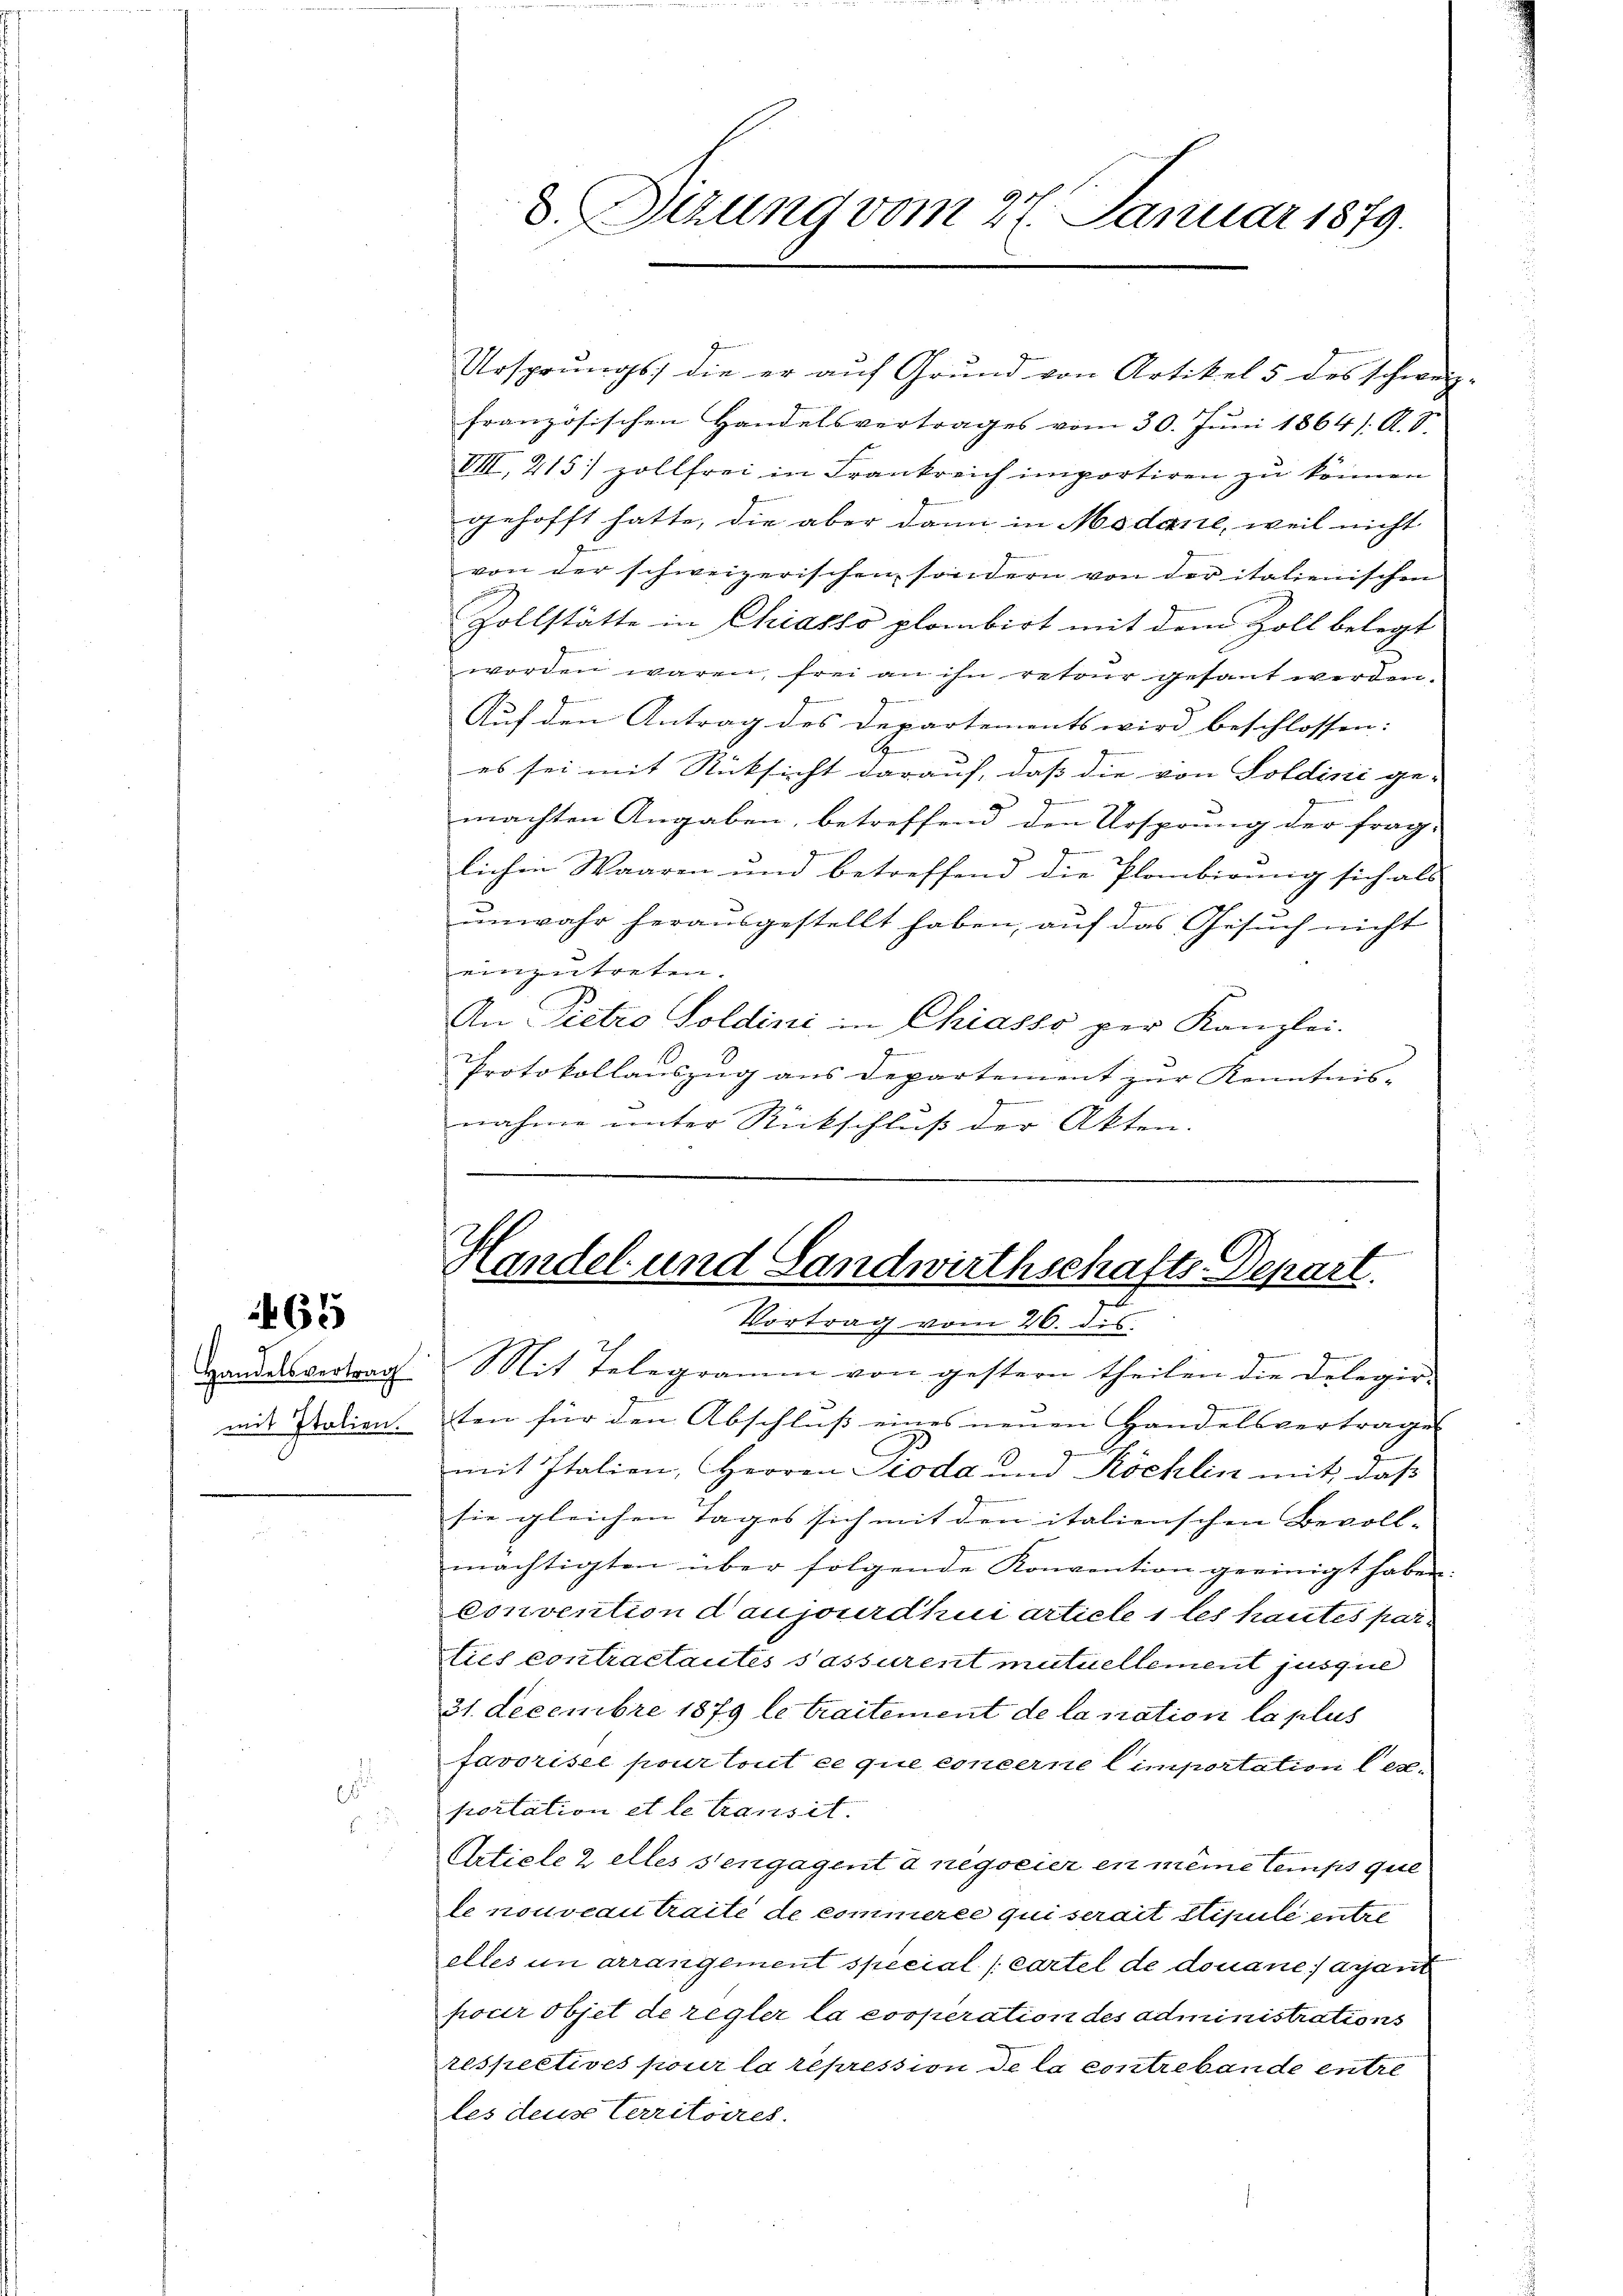
65

Ursprungs die er aŭf Grŭnd von Artikel 5 des schweiz.
französischen Handelsvertrages vom 30. Jŭni 1864 s. A. S.
VIII, 215) zollfrei in Frankreich importiren zu können
gehofft hatte, die aber dann in Modare, weil nicht
von der schweizerischen sondern von der italienischen
Zollstätte in Chiasso plombirt mit dem Zoll belegt
worden waren, frei an ihn retour gesant werden.
Auf den Antrag des Departements wird beschlossen:
es sei mit Rücksicht darauf, daß die von Soldini ge-
zu
machten Angaben, betreffend den Ursprung der frag-
lichen Waaren und betreffend die Planbirung sich als
unwahr herausgestellt haben, auf das Gesŭch nicht
einzutreten.
An Pietro Soldini in Chiasso per Kanzlei-
Protokollauszug aus Departement zur Kenntnis- |
4
nahme unter Rückschluß der Akten.

Handelsvertrag Mit Telegramm von gestern theilen die Delegir-
mit Station sten für den Abschluss eines neuen Handelsvertrages
mit Italien, Herren Pioda und Köchlin mit, daß
sie gleichen Tages sich mit den italienschen Bevoll- |
mächtigten über folgende Konvention geeinigt haben.
Convention daujourdhuci article 1 les hautes par
lies contractantes sassurent mutuellement jusquel
31. Decembre 1879 le traitement de la nation la plus
favorisel pour tout ce que concerne Cimportation lex-
portation et le transit.
Article 2 elles sengagent à negocier en meine temps que
le nouveau traité de commerce qui serait stipule entre
elles in arrangement special (cartel de douane sarant
pour objet de regler la cooperation des administrations
respectives pour la repression de la contrebande entre
les deus Verritoires.

d. Sizung vom 27. Januar 1879.

Handel und Landwirthschafts-Depart.
1
Vortrag vom 26. dis.